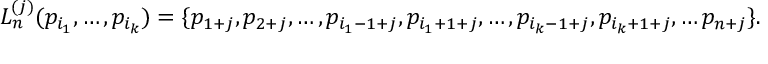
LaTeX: L _ { n } ^ { ( j ) } ( p _ { i _ { 1 } } , \ldots , p _ { i _ { k } } ) = \{ p _ { 1 + j } , p _ { 2 + j } , \ldots , p _ { i _ { 1 } - 1 + j } , p _ { i _ { 1 } + 1 + j } , \ldots , p _ { i _ { k } - 1 + j } , p _ { i _ { k } + 1 + j } , \ldots p _ { n + j } \} .